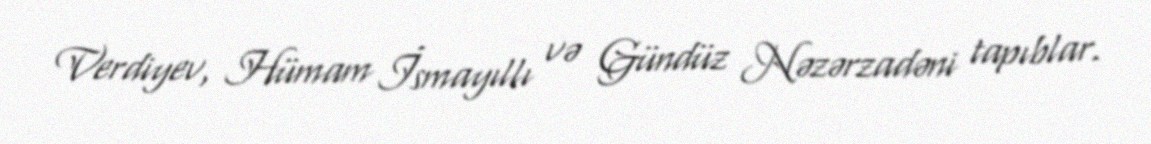
Verdiyev, Hümam İsmayıllı və Gündüz Nəzərzadəni tapıblar.